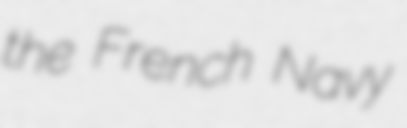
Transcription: the French Navy